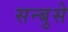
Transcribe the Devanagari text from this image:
सन्बुसे